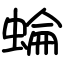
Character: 蜦